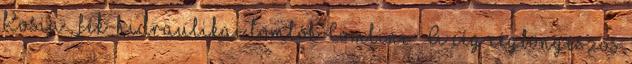
Kosia , fék-hidraulikai tömlők Comline . A cég cégböngészős